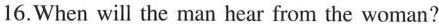
16.When will the man hear from the woman?